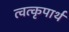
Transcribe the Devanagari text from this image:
त्वत्कृपार्थं